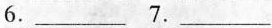
6.___ 7.___